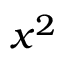
x ^ { 2 }